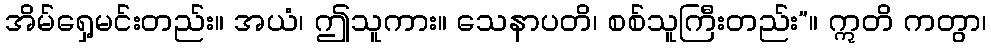
အိမ်ရှေ့မင်းတည်း။ အယံ၊ ဤသူကား။ သေနာပတိ၊ စစ်သူကြီးတည်း”။ ဣတိ ကတွာ၊